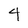
Character: 4